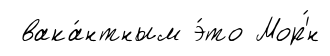
вака́нтным э́то Мор'́н